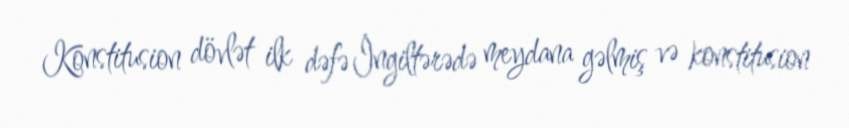
Konstitusion dövlət ilk dəfə İngiltərədə meydana gəlmiş və konstitusion